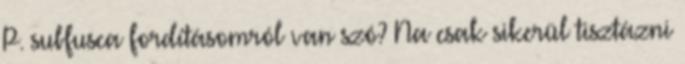
P. subfusca fordításomról van szó? Na csak sikerül tisztázni